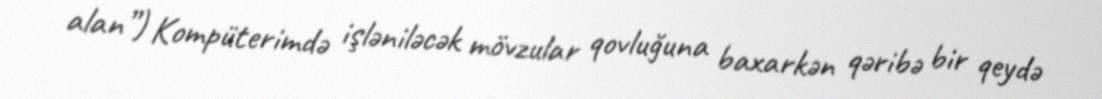
alan”) Kompüterimdə işləniləcək mövzular qovluğuna baxarkən qəribə bir qeydə